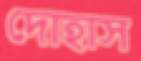
দোহাস